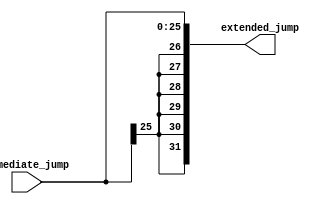
module sign_extender_1 ( immediate_jump, extended_jump );
  input [25:0] immediate_jump;
  output [31:0] extended_jump;
  wire   extended_jump_31;
  assign extended_jump[31] = extended_jump_31;
  assign extended_jump[30] = extended_jump_31;
  assign extended_jump[29] = extended_jump_31;
  assign extended_jump[28] = extended_jump_31;
  assign extended_jump[27] = extended_jump_31;
  assign extended_jump[26] = extended_jump_31;
  assign extended_jump[25] = extended_jump_31;
  assign extended_jump_31 = immediate_jump[25];
  assign extended_jump[24] = immediate_jump[24];
  assign extended_jump[23] = immediate_jump[23];
  assign extended_jump[22] = immediate_jump[22];
  assign extended_jump[21] = immediate_jump[21];
  assign extended_jump[20] = immediate_jump[20];
  assign extended_jump[19] = immediate_jump[19];
  assign extended_jump[18] = immediate_jump[18];
  assign extended_jump[17] = immediate_jump[17];
  assign extended_jump[16] = immediate_jump[16];
  assign extended_jump[15] = immediate_jump[15];
  assign extended_jump[14] = immediate_jump[14];
  assign extended_jump[13] = immediate_jump[13];
  assign extended_jump[12] = immediate_jump[12];
  assign extended_jump[11] = immediate_jump[11];
  assign extended_jump[10] = immediate_jump[10];
  assign extended_jump[9] = immediate_jump[9];
  assign extended_jump[8] = immediate_jump[8];
  assign extended_jump[7] = immediate_jump[7];
  assign extended_jump[6] = immediate_jump[6];
  assign extended_jump[5] = immediate_jump[5];
  assign extended_jump[4] = immediate_jump[4];
  assign extended_jump[3] = immediate_jump[3];
  assign extended_jump[2] = immediate_jump[2];
  assign extended_jump[1] = immediate_jump[1];
  assign extended_jump[0] = immediate_jump[0];
endmodule